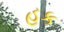
હૂક